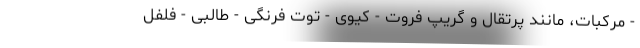
- مرکبات، مانند پرتقال و گریپ فروت - کیوی - توت فرنگی - طالبی - فلفل